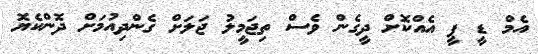
އެމް ޑީ ޕީ އެއްކޮށް ދީގެން ވެސް ތިޖަމީލު ޖަލަށް ގެންދިއުމަށް ދޮންކެޔޮ